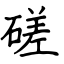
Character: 磋